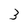
Character: 3